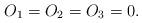
LaTeX: \begin{align*}O_1=O_2=O_3=0.\end{align*}